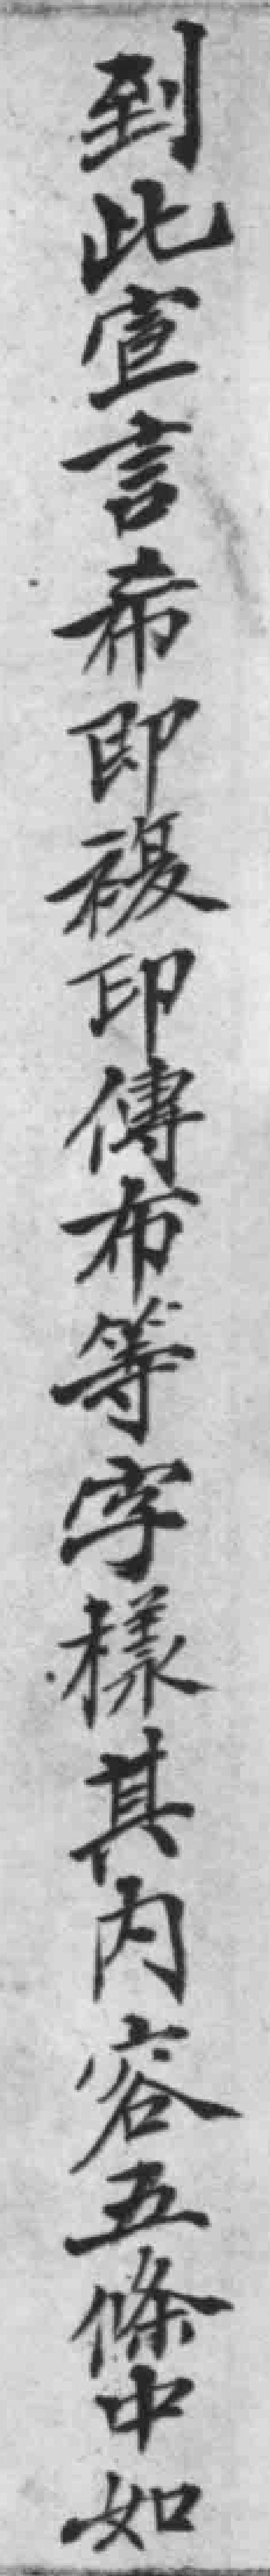
到此宣言希即族印傳布等字樣其内容五條中如